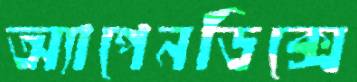
অ্যাপেনডিক্সে